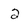
Character: 2